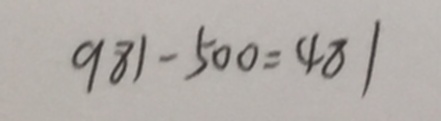
9 8 1 - 5 0 0 = 4 8 1